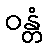
ဝန္တံ